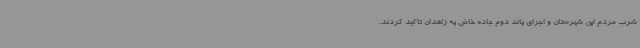
شرب مردم این شهرستان و اجرای باند دوم جاده خاش به زاهدان تاکید کردند.